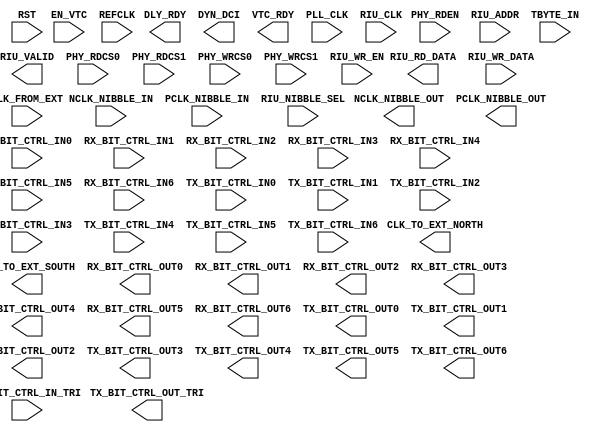
///////////////////////////////////////////////////////////////////////////////
//  Copyright (c) 1995/2015 Xilinx, Inc.
//  All Right Reserved.
///////////////////////////////////////////////////////////////////////////////
//
//   ____   ___
//  /   /\/   / 
// /___/  \  /     Vendor      : Xilinx 
// \   \   \/      Version     : 2015.4
//  \   \          Description : Xilinx Formal Library Component
//  /   /                        
// /___/   /\      Filename    : BITSLICE_CONTROL.v
// \   \  /  \ 
//  \___\/\___\                    
//                                 
///////////////////////////////////////////////////////////////////////////////
//  Revision:
//
//  End Revision:
///////////////////////////////////////////////////////////////////////////////

`timescale 1 ps / 1 ps 

`celldefine

module BITSLICE_CONTROL #(
  `ifdef XIL_TIMING //Simprim 
  parameter LOC = "UNPLACED",  
  `endif
  parameter CTRL_CLK = "EXTERNAL",
  parameter DIV_MODE = "DIV2",
  parameter EN_CLK_TO_EXT_NORTH = "DISABLE",
  parameter EN_CLK_TO_EXT_SOUTH = "DISABLE",
  parameter EN_DYN_ODLY_MODE = "FALSE",
  parameter EN_OTHER_NCLK = "FALSE",
  parameter EN_OTHER_PCLK = "FALSE",
  parameter IDLY_VT_TRACK = "TRUE",
  parameter INV_RXCLK = "FALSE",
  parameter ODLY_VT_TRACK = "TRUE",
  parameter QDLY_VT_TRACK = "TRUE",
  parameter [5:0] READ_IDLE_COUNT = 6'h00,
  parameter REFCLK_SRC = "PLLCLK",
  parameter integer ROUNDING_FACTOR = 16,
  parameter RXGATE_EXTEND = "FALSE",
  parameter RX_CLK_PHASE_N = "SHIFT_0",
  parameter RX_CLK_PHASE_P = "SHIFT_0",
  parameter RX_GATING = "DISABLE",
  parameter SELF_CALIBRATE = "ENABLE",
  parameter SERIAL_MODE = "FALSE",
  parameter SIM_DEVICE = "ULTRASCALE",  
  parameter SIM_SPEEDUP = "FAST",
  parameter real SIM_VERSION = 2.0,
  parameter TX_GATING = "DISABLE"
)(
  output CLK_TO_EXT_NORTH,
  output CLK_TO_EXT_SOUTH,
  output DLY_RDY,
  output [6:0] DYN_DCI,
  output NCLK_NIBBLE_OUT,
  output PCLK_NIBBLE_OUT,
  output [15:0] RIU_RD_DATA,
  output RIU_VALID,
  output [39:0] RX_BIT_CTRL_OUT0,
  output [39:0] RX_BIT_CTRL_OUT1,
  output [39:0] RX_BIT_CTRL_OUT2,
  output [39:0] RX_BIT_CTRL_OUT3,
  output [39:0] RX_BIT_CTRL_OUT4,
  output [39:0] RX_BIT_CTRL_OUT5,
  output [39:0] RX_BIT_CTRL_OUT6,
  output [39:0] TX_BIT_CTRL_OUT0,
  output [39:0] TX_BIT_CTRL_OUT1,
  output [39:0] TX_BIT_CTRL_OUT2,
  output [39:0] TX_BIT_CTRL_OUT3,
  output [39:0] TX_BIT_CTRL_OUT4,
  output [39:0] TX_BIT_CTRL_OUT5,
  output [39:0] TX_BIT_CTRL_OUT6,
  output [39:0] TX_BIT_CTRL_OUT_TRI,
  output VTC_RDY,

  input CLK_FROM_EXT,
  input EN_VTC,
  input NCLK_NIBBLE_IN,
  input PCLK_NIBBLE_IN,
  input [3:0] PHY_RDCS0,
  input [3:0] PHY_RDCS1,
  input [3:0] PHY_RDEN,
  input [3:0] PHY_WRCS0,
  input [3:0] PHY_WRCS1,
  input PLL_CLK,
  input REFCLK,
  input [5:0] RIU_ADDR,
  input RIU_CLK,
  input RIU_NIBBLE_SEL,
  input [15:0] RIU_WR_DATA,
  input RIU_WR_EN,
  input RST,
  input [39:0] RX_BIT_CTRL_IN0,
  input [39:0] RX_BIT_CTRL_IN1,
  input [39:0] RX_BIT_CTRL_IN2,
  input [39:0] RX_BIT_CTRL_IN3,
  input [39:0] RX_BIT_CTRL_IN4,
  input [39:0] RX_BIT_CTRL_IN5,
  input [39:0] RX_BIT_CTRL_IN6,
  input [3:0] TBYTE_IN,
  input [39:0] TX_BIT_CTRL_IN0,
  input [39:0] TX_BIT_CTRL_IN1,
  input [39:0] TX_BIT_CTRL_IN2,
  input [39:0] TX_BIT_CTRL_IN3,
  input [39:0] TX_BIT_CTRL_IN4,
  input [39:0] TX_BIT_CTRL_IN5,
  input [39:0] TX_BIT_CTRL_IN6,
  input [39:0] TX_BIT_CTRL_IN_TRI
);

endmodule

`endcelldefine